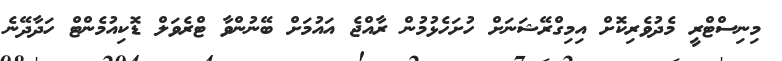
މިނިސްޓްރީ މެދުވެރިކޮށް އިމިގްރޭޝަނަށް ހުށަހެޅުމުން ރާއްޖެ އައުމަށް ބޭނުންވާ ޓްރެވަލް ޑޮކިއުމެންޓް ހަދާދޭނެ